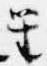
笙